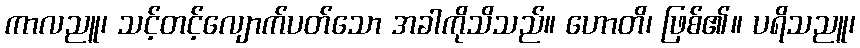
ကာလညူ၊ သင့်တင့်လျောက်ပတ်သော အခါကိုသိသည်။ ဟောတိ၊ ဖြစ်၏။ ပရိသညူ၊